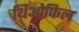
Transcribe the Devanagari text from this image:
थिओफिल